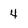
Character: 4